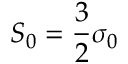
S _ { 0 } = \frac { 3 } { 2 } \sigma _ { 0 }